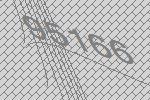
95166